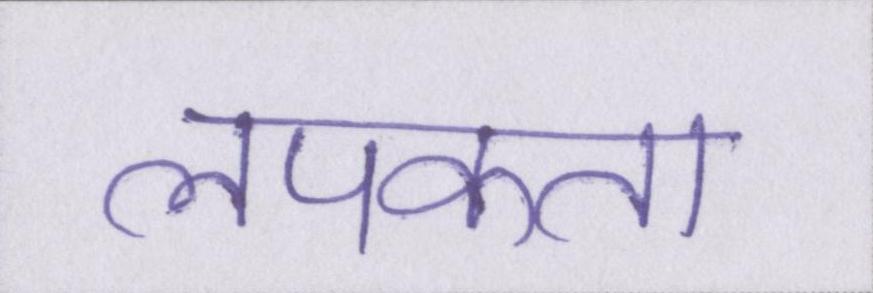
लपकता